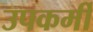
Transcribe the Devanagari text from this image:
उपकर्मी